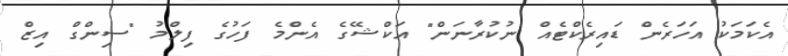
އެކަމަކު އަހަރެން ޑައިރެކްޓެއް ނުކުރާނަން" އަކްޝޭގެ އެންމެ ފަހުގެ ފިލްމު "ސިންގް އިޒް